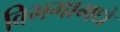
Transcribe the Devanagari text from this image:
विभगामधे